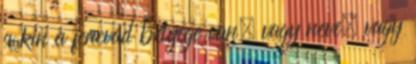
a kin a fenevad bélyege van, vagy neve, vagy